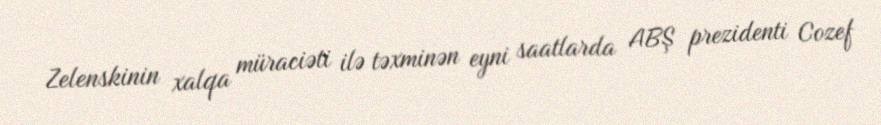
Zelenskinin xalqa müraciəti ilə təxminən eyni saatlarda ABŞ prezidenti Cozef